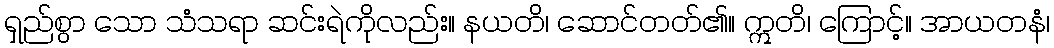
ရှည်စွာ သော သံသရာ ဆင်းရဲကိုလည်း။ နယတိ၊ ဆောင်တတ်၏။ ဣတိ၊ ကြောင့်။ အာယတနံ၊